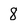
Character: 8